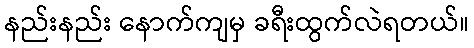
နည်းနည်း နောက်ကျမှ ခရီးထွက်လဲရတယ်။